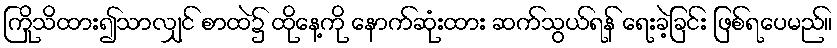
ကြိုသိထား၍သာလျှင် စာထဲ၌ ထိုနေ့ကို နောက်ဆုံးထား ဆက်သွယ်ရန် ရေးခဲ့ခြင်း ဖြစ်ရပေမည်။